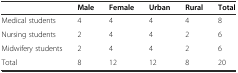
|  | Male | Female | Urban | Rural | Total |
 | --- | --- | --- | --- | --- | --- |
 | Medical students | 4 | 4 | 4 | 4 | 8 |
 | Nursing students | 2 | 4 | 4 | 2 | 6 |
 | Midwifery students | 2 | 4 | 4 | 2 | 6 |
 | Total | 8 | 12 | 12 | 8 | 20 |